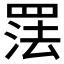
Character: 𰭑